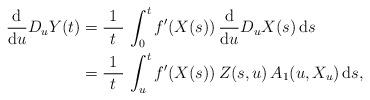
LaTeX: \begin{align*}\frac{ \mbox{d}}{\mbox{d}u} D_u Y(t) & = \frac{ \ 1 \ }{t} \, \int_0^t f^\prime (X(s)) \, \frac{ \mbox{d}}{\mbox{d}u} D_u X(s) \, \mbox{d}s \\& = \frac{ \ 1 \ }{t} \, \int_u^t f^\prime (X(s)) \, Z(s,u) \, A_1 (u, X_u) \, \mbox{d}s, \end{align*}